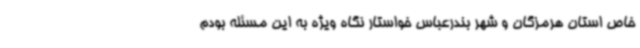
خاص استان هرمزگان و شهر بندرعباس خواستار نگاه ویژه به این مسئله بودم